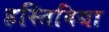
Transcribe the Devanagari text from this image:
हस्तिविद्या